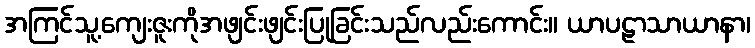
အကြင်သူ့ကျေးဇူးကိုအဖျင်းဖျင်းပြုခြင်းသည်လည်းကောင်း။ ယာပဠာသာယာနာ၊